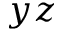
y z